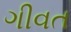
ગીવત